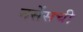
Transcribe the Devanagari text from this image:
नर्सेसची